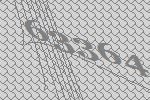
63364